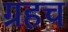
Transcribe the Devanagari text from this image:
ग्रहच